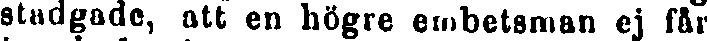
stadgade, att en högre embetsman ej får